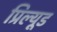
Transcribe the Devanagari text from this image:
प्रिल्यूड